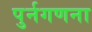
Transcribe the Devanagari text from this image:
पुर्नगणना